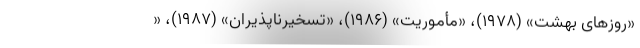
«روزهای بهشت» (۱۹۷۸)، «مأموریت» (۱۹۸۶)، «تسخیرناپذیران» (۱۹۸۷)، «